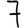
Digit: 7